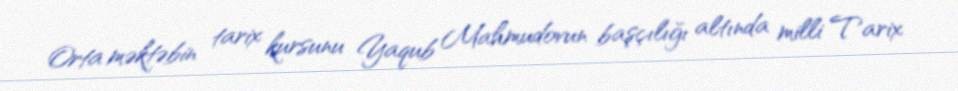
Orta məktəbin tarix kursunu Yaqub Mahmudovun başçılığı altında milli Tarix